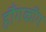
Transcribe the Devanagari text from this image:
हौंगकौंग